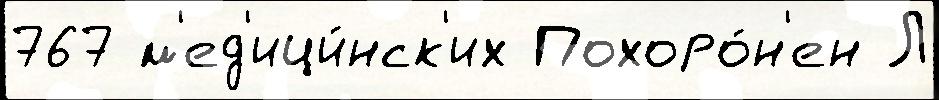
767 м'ед'ици́нск'их Похоро́н'ен Л